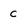
Character: c